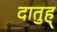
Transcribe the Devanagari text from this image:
दातुह्